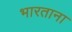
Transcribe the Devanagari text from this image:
भारताना